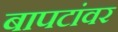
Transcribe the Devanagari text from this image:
बापटांवर